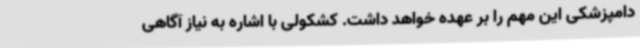
دامپزشکی این مهم را بر عهده خواهد داشت. کشکولی با اشاره به نیاز آگاهی